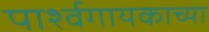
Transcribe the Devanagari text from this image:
पार्श्वगायकाच्या